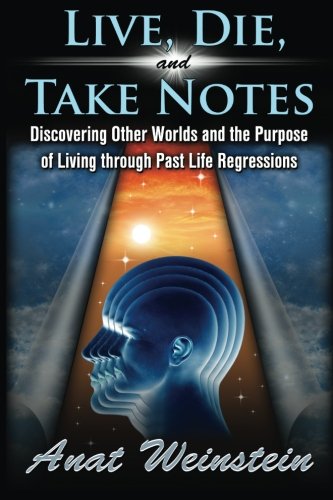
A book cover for Live, Die, and Take Notes: Discovering Other Worlds and the Purpose of Living through Past Life Regressions; Anat Weinstein; Self-Help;